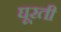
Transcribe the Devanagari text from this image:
घूरती